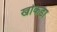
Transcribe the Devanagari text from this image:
खोकडा